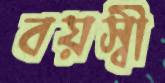
বয়স্বী